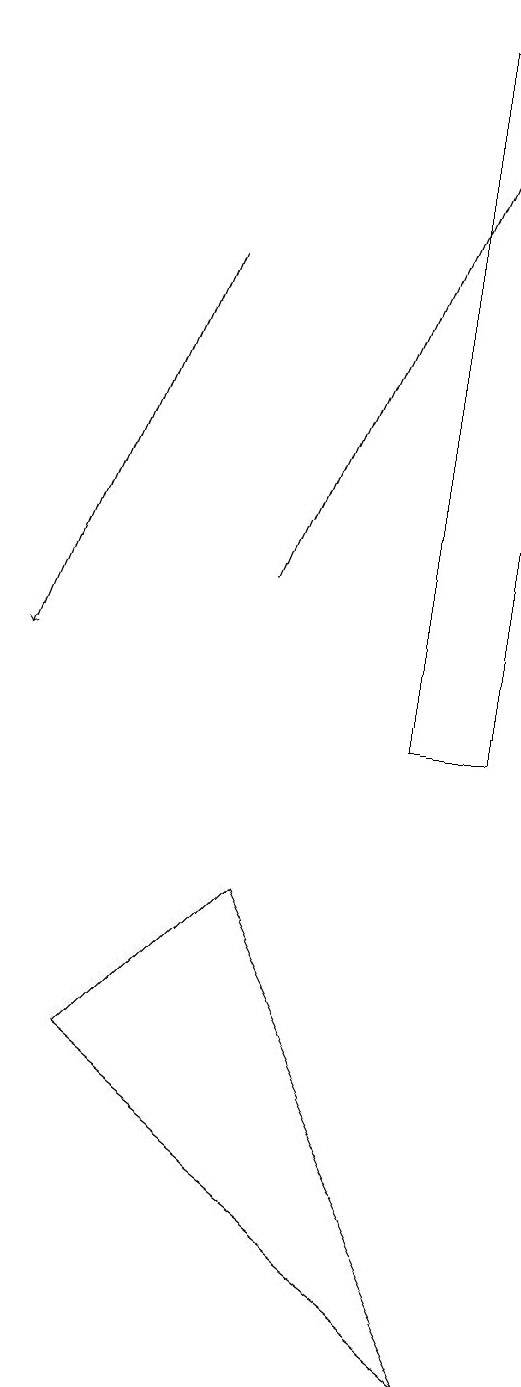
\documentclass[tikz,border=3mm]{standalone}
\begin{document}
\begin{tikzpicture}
\draw[->] (3,16) -- (1,11);
\draw (6,19) rectangle (7,10);
\draw (7,2) -- (2,6) -- (4,8) -- cycle;
\draw[->] (4,12) -- (7,19);
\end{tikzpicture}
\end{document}